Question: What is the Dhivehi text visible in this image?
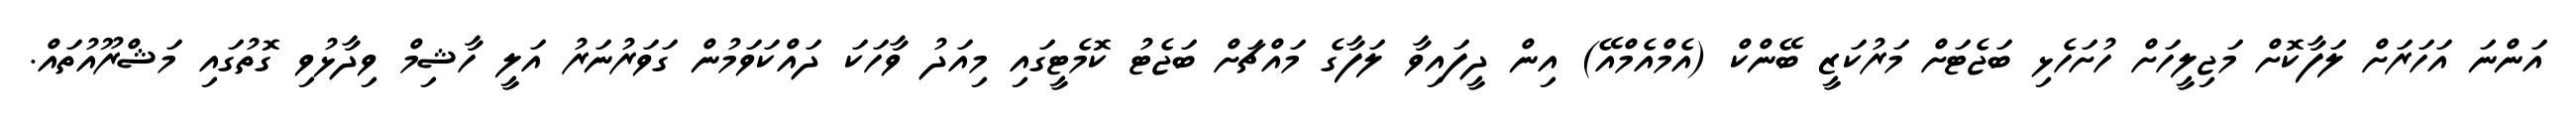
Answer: އަންނަ އަހަރަށް ލަފާކޮށް މަޖިލީހަށް ހުށަހެޅި ބަޖެޓަށް މަރުކަޒީ ބޭންކް (އެމްއެމްއޭ) އިން ދީފައިވާ ލަފާގެ މައްޗަށް ބަޖެޓު ކޮމެޓީގައި މިއަދު ވާހަކަ ދައްކަވަމުން ގަވަރުނަރު އަލީ ހާޝިމް ވިދާޅުވި ގޮތުގައި މަޝްރޫއުތައް.